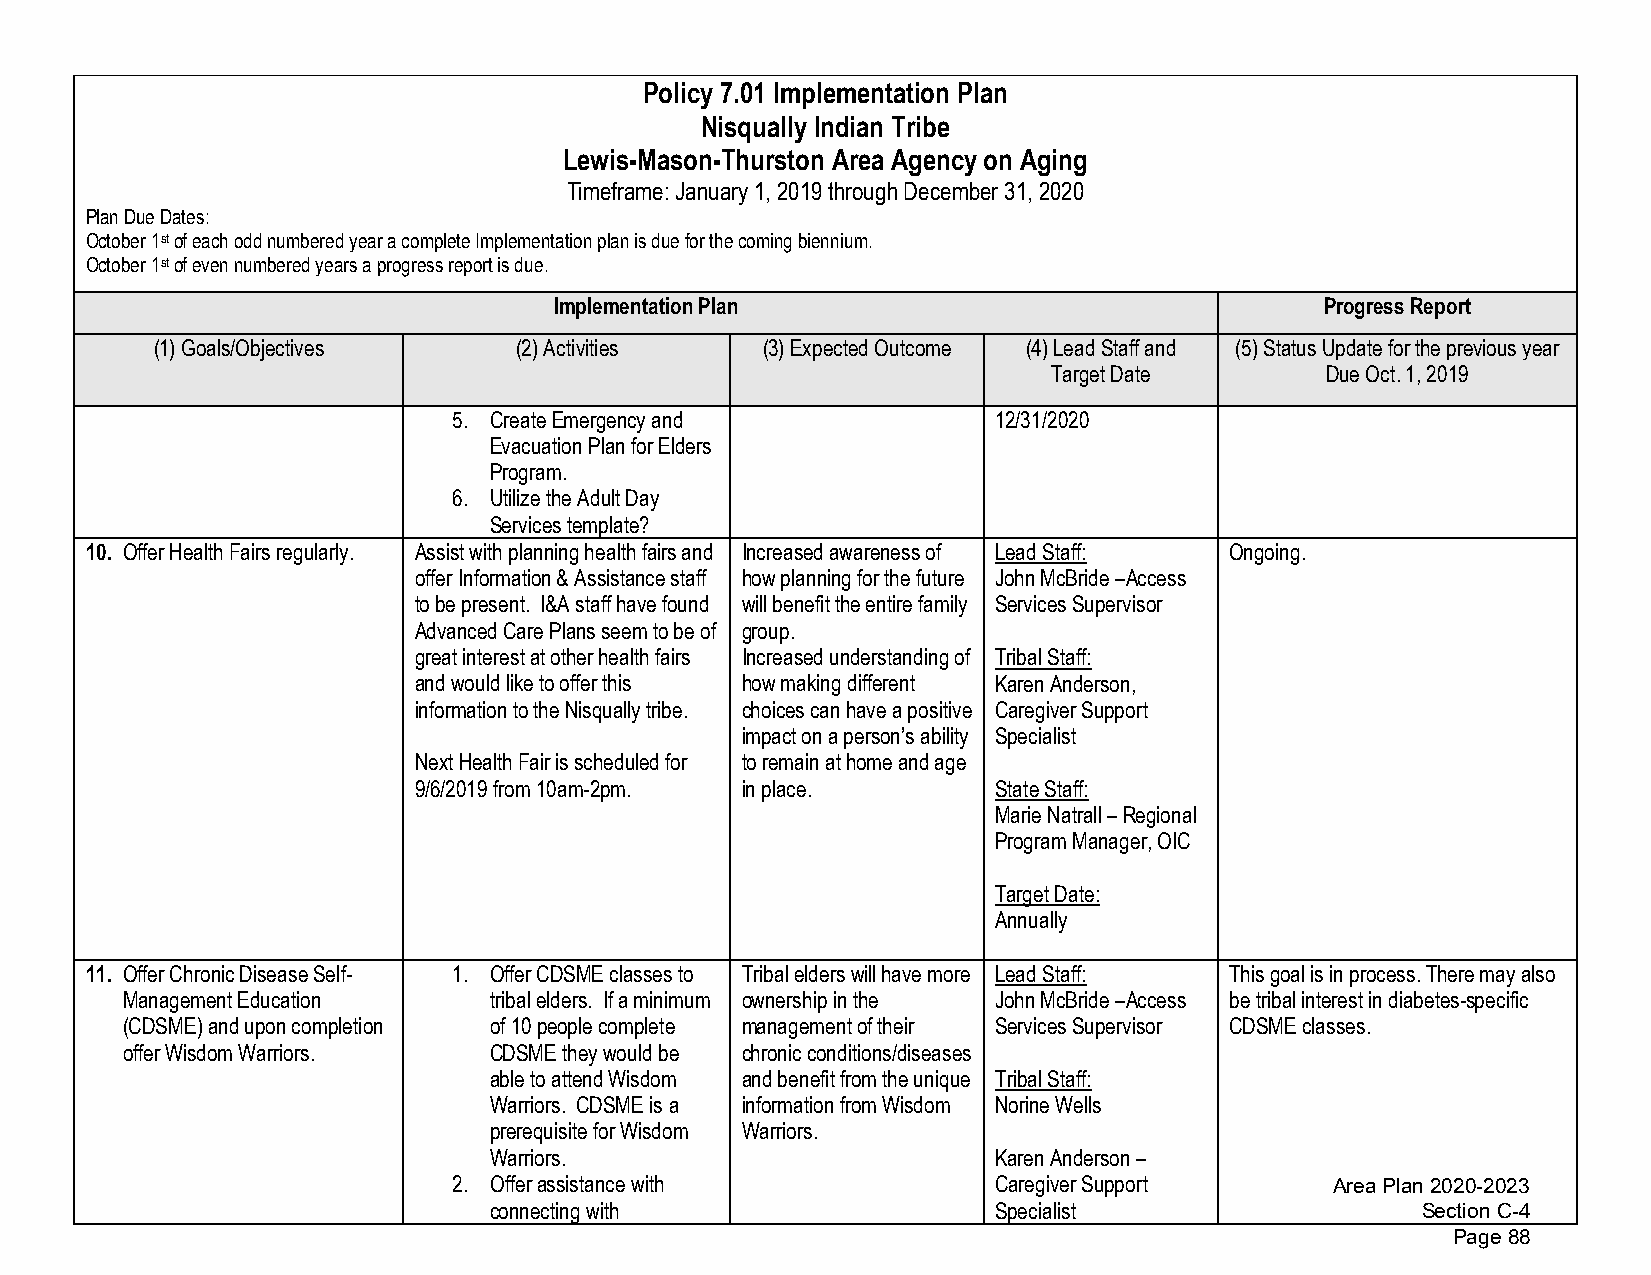
Policy 7.01 Implementation Plan
 Nisqually Indian Tribe
 Lewis-Mason-Thurston Area Agency on Aging
 Timeframe: January 1, 2019 through December 31, 2020
 Plan Due Dates:
 October 1st of each odd numbered year a complete Implementation plan is due for the coming biennium.
 October 1st of even numbered years a progress report is due.
 Implementation Plan                                Progress Report
 (1)Goals/Objectives     (2)Activities   (3)Expected Outcome (4)Lead Staff and (5)Status Update for the previous year
 Target Date       Due Oct. 1, 2019
 5. Create Emergency and             12/31/2020
 Evacuation Plan for Elders
 Program.
 6. Utilize the Adult Day
 Services template?
 10. Offer Health Fairs regularly. Assist with planning health fairs and Increased awareness of Lead Staff: Ongoing.
 offer Information & Assistance staff how planning for the future John McBride –Access
 to be present. I&A staff have found will benefit the entire family Services Supervisor
 Advanced Care Plans seem to be of group.
 great interest at other health fairs Increased understanding of Tribal Staff:
 and would like to offer this how making different Karen Anderson,
 information to the Nisqually tribe. choices can have a positive Caregiver Support
 impact on a person’s ability Specialist
 Next Health Fair is scheduled for to remain at home and age
 9/6/2019 from 10am-2pm. in place.      State Staff:
 Marie Natrall – Regional
 Program Manager, OIC
 Target Date:
 Annually
 11. Offer Chronic Disease Self- 1. Offer CDSME classes to Tribal elders will have more Lead Staff: This goal is in process. There may also
 Management Education    tribal elders. If a minimum ownership in the John McBride –Access be tribal interest in diabetes-specific
 (CDSME) and upon completion of 10 people complete management of their Services Supervisor CDSME classes.
 offer Wisdom Warriors.  CDSME they would be chronic conditions/diseases
 able to attend Wisdom and benefit from the unique Tribal Staff:
 Warriors. CDSME is a information from Wisdom Norine Wells
 prerequisite for Wisdom Warriors.
 Warriors.                         Karen Anderson –
 2. Offer assistance with            Caregiver Support     Area Plan 2020-2023
 connecting with                   Specialist                  Section C-4
 Page 88